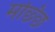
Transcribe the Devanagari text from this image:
मछ्छि